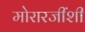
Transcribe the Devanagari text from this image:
मोरारजींशी